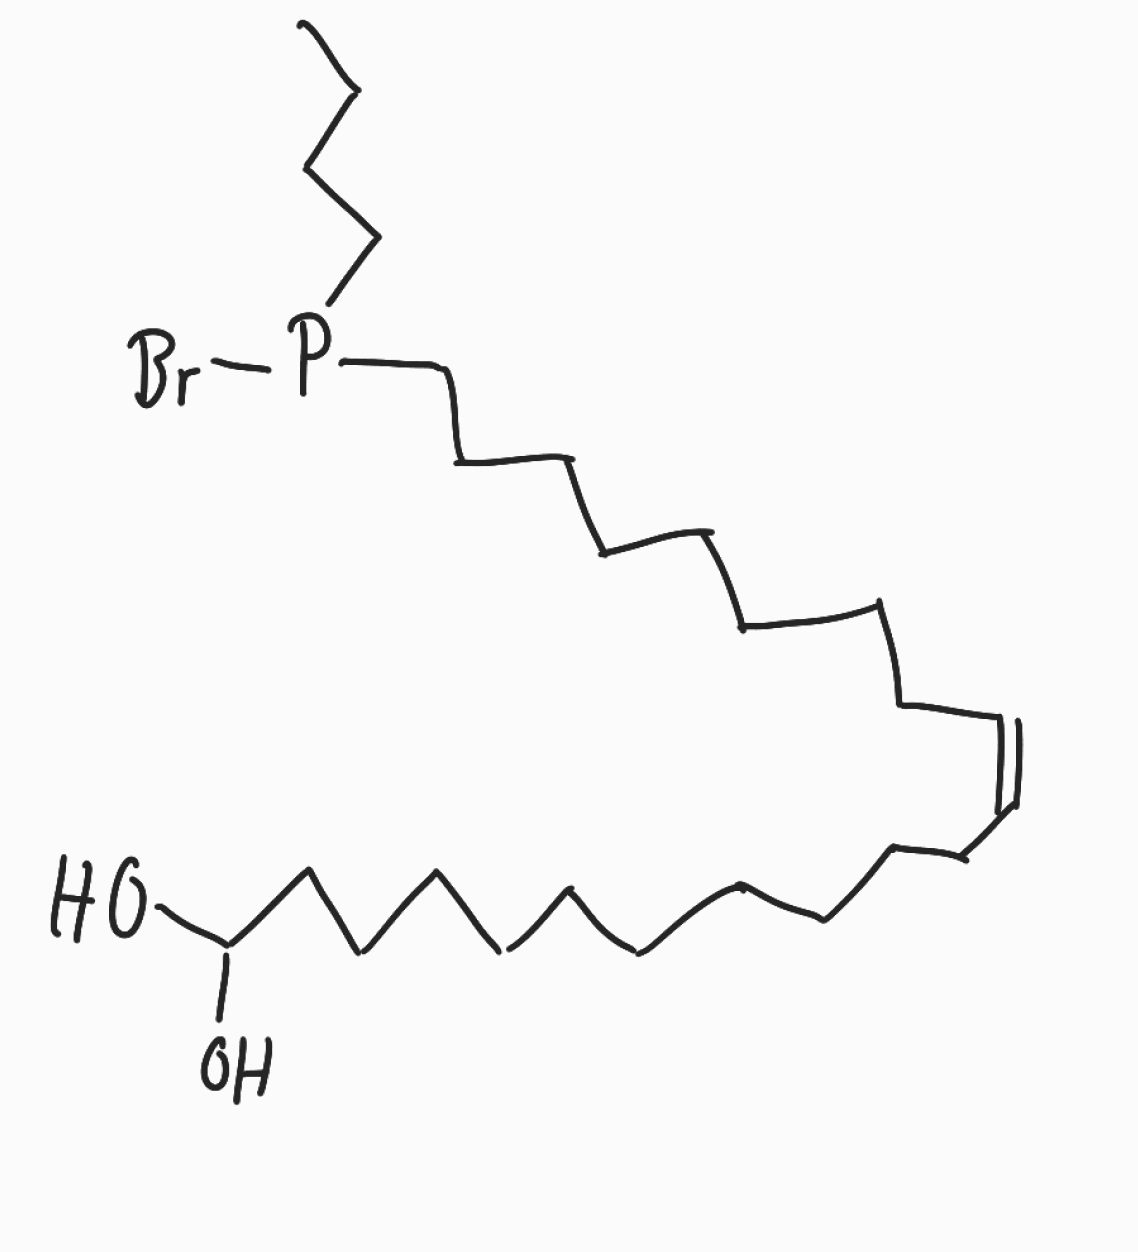
Simplified molecular-input line-entry system (SMILES) notation of the given molecule:
CCCP(CCCCCCCC/C=C\CCCCCCCCCCC(O)O)Br